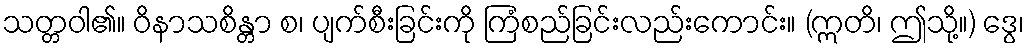
သတ္တဝါ၏။ ဝိနာသစိန္တာ စ၊ ပျက်စီးခြင်းကို ကြံစည်ခြင်းလည်းကောင်း။ (ဣတိ၊ ဤသို့။) ဒွေ၊